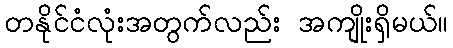
တနိုင်ငံလုံးအတွက်လည်း အကျိုးရှိမယ်။